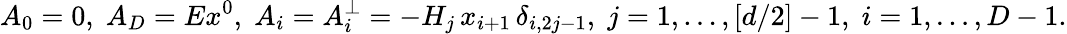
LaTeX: A_{0}=0,\; A_{D}=Ex^{0},\; A_{i}=A_{i}^{\perp}=-H_{j}\, x_{i+1}\, \delta_{i,2j-1},\; j=1,\ldots,[d/2]-1,\; i=1,\ldots,D-1.